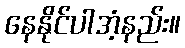
နေနိုင်ပါအံ့နည်း။